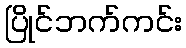
ပြိုင်ဘက်ကင်း